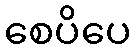
စေပိပေ